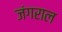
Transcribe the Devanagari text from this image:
जंगराल